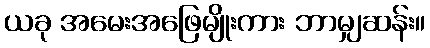
ယခု အမေးအဖြေမျိုးကား ဘာမျှဆန်း။